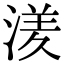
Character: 湵